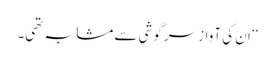
‘‘ ان کی آواز سرگوشی سے مشابہ تھی۔